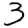
Digit: 3